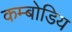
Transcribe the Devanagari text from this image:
कम्बोडिय